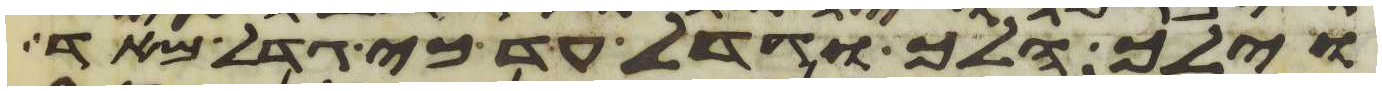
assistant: וילך הלך וגדל עד כי גדל מאד